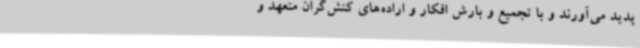
پدید می‌آورند و با تجمیع و بارش افکار و اراده‌های کنش‌گران متعهد و